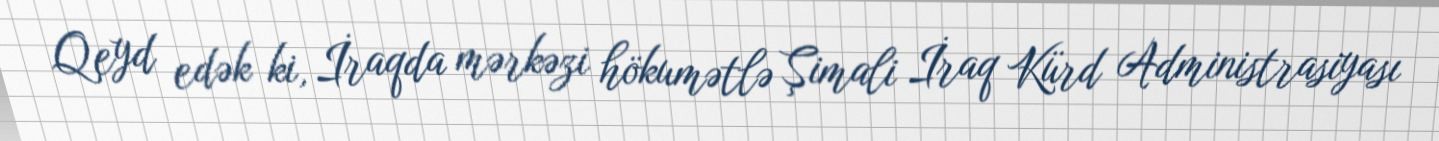
Qeyd edək ki, İraqda mərkəzi hökumətlə Şimali İraq Kürd Administrasiyası